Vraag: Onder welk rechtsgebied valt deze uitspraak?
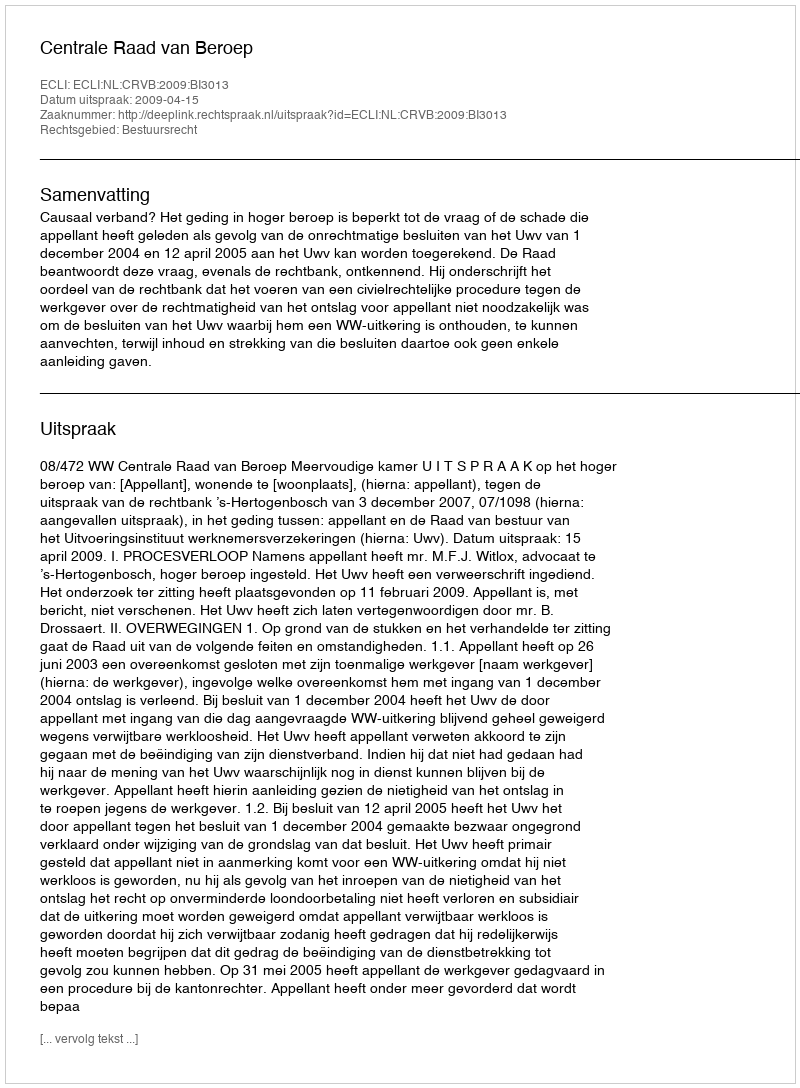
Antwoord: Bestuursrecht